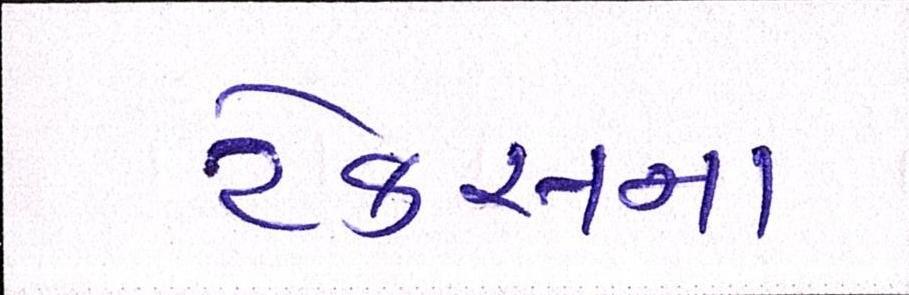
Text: ટેક્સના